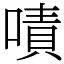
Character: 嘖